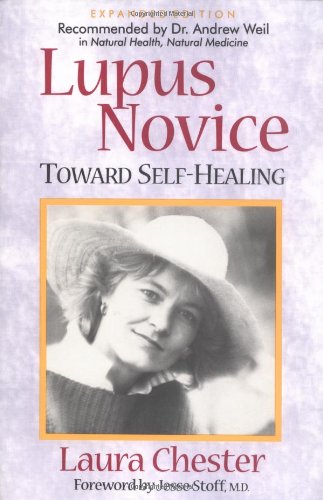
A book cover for LUPUS NOVICE: Toward Self Healing; Laura Chester; Health, Fitness & Dieting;